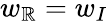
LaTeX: w_{\mathbb{R}}=w_{I}